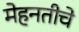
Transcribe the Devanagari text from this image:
मेहनतीचे